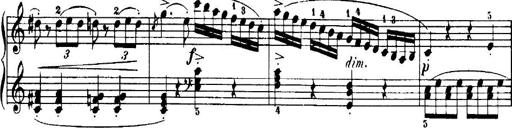
Title: 7 Sonatinas
Composer: Anton Diabelli